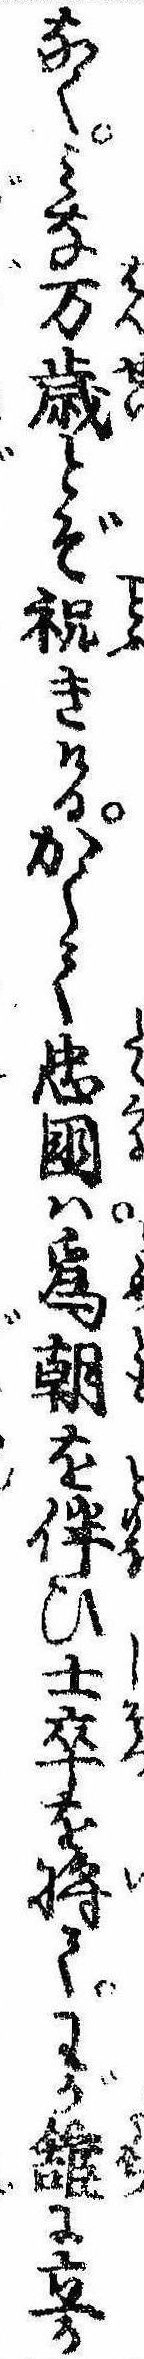
なくみな万歳とぞ祝きけるかくて忠国は為朝を伴ひ士卒を将てわが館に立か